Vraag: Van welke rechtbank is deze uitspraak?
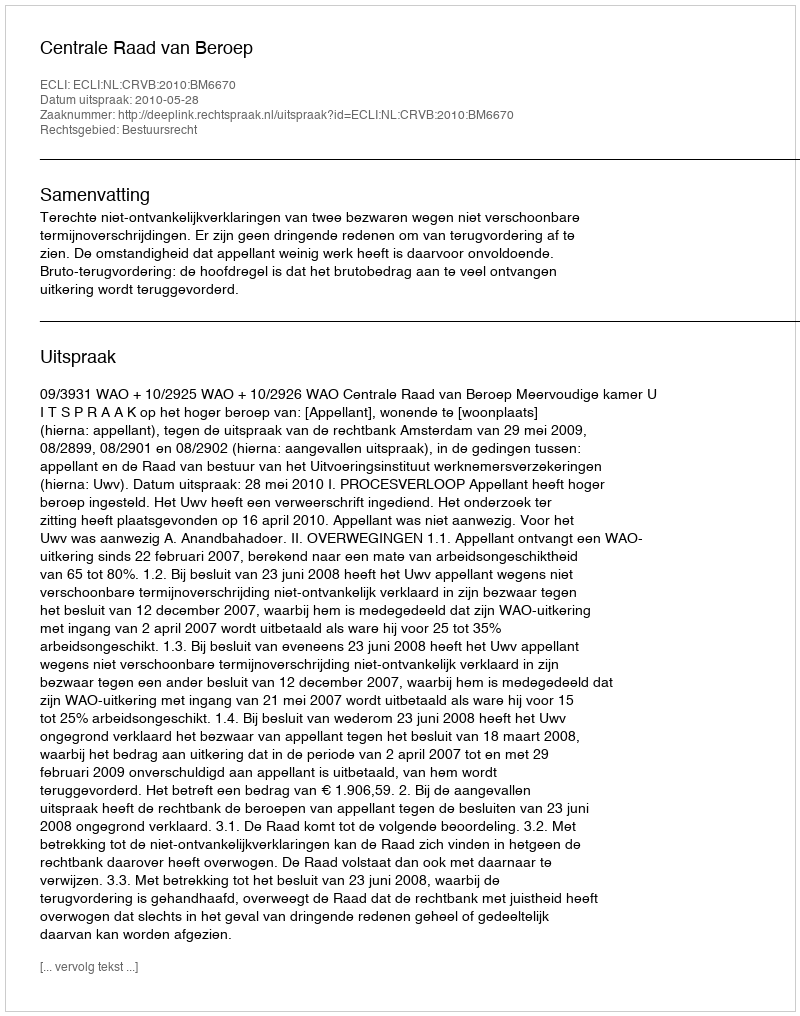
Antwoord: Centrale Raad van Beroep